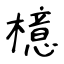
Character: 檍